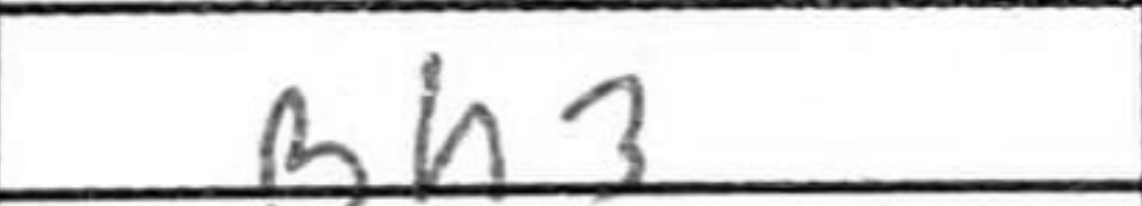
Transcription: Bh3